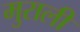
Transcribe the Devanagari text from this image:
मुराली